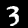
Digit: 3